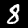
Label: 8